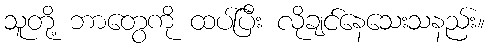
သူတို့ ဘာတွေကို ထပ်ပြီး လိုချင်နေသေးသနည်း။